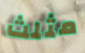
مثلث